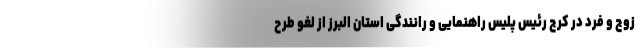
زوج و فرد در کرج رئیس پلیس راهنمایی و رانندگی استان البرز از لغو طرح